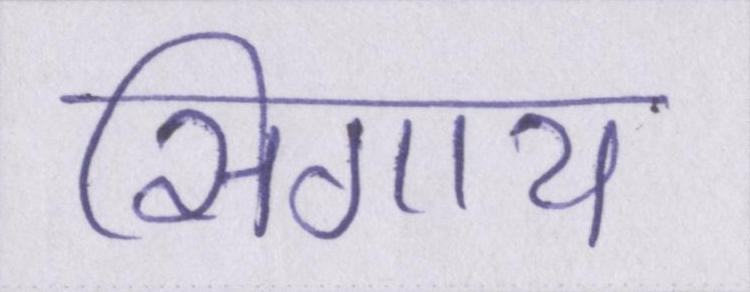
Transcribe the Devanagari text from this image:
सिगाय